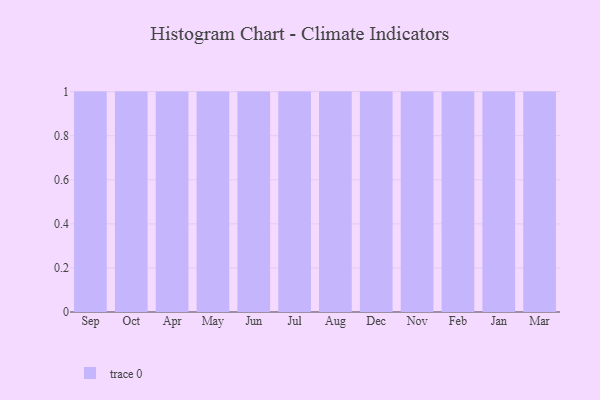
{"axis": {"x": "Month", "y": "Churn Rate (%)"}, "legend": [""], "data": [{"x": "Sep", "y": 21, "type": ""}, {"x": "Oct", "y": 52, "type": ""}, {"x": "Apr", "y": 88, "type": ""}, {"x": "May", "y": 36, "type": ""}, {"x": "Jun", "y": 6, "type": ""}, {"x": "Jul", "y": 40, "type": ""}, {"x": "Aug", "y": 77, "type": ""}, {"x": "Dec", "y": 70, "type": ""}, {"x": "Nov", "y": 73, "type": ""}, {"x": "Feb", "y": 34, "type": ""}, {"x": "Jan", "y": 74, "type": ""}, {"x": "Mar", "y": 96, "type": ""}]}